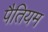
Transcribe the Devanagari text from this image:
पैतियम